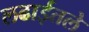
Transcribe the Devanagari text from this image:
लढाईतले